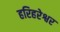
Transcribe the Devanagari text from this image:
हरिहरेश्वर